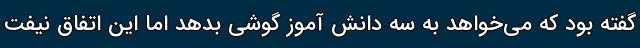
گفته بود که می‌خواهد به سه دانش آموز گوشی بدهد اما این اتفاق نیفت